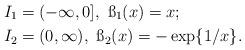
LaTeX: \begin{align*}&I_1=(-\infty, 0],\ \ss_1(x)=x;\\&I_2=(0, \infty),\ \ss_2(x)=-\exp\{1/x\}.\end{align*}